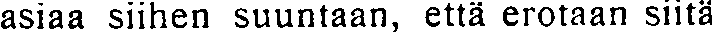
asiaa siihen suuntaan, että erotaan siitä